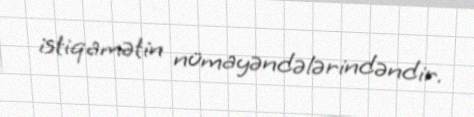
istiqamətin nümayəndələrindəndir.